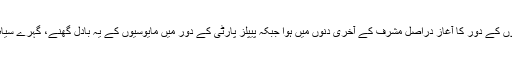
پاکستان میں ناامیدیوں یا مایوسیوں کے دور کا آغاز دراصل مشرف کے آخری دنوں میں ہوا جبکہ پیپلز پارٹی کے دور میں مایوسیوں کے یہ بادل گھنے، گہرے سیاہ روپ اختیار کرتے چلے گئے۔